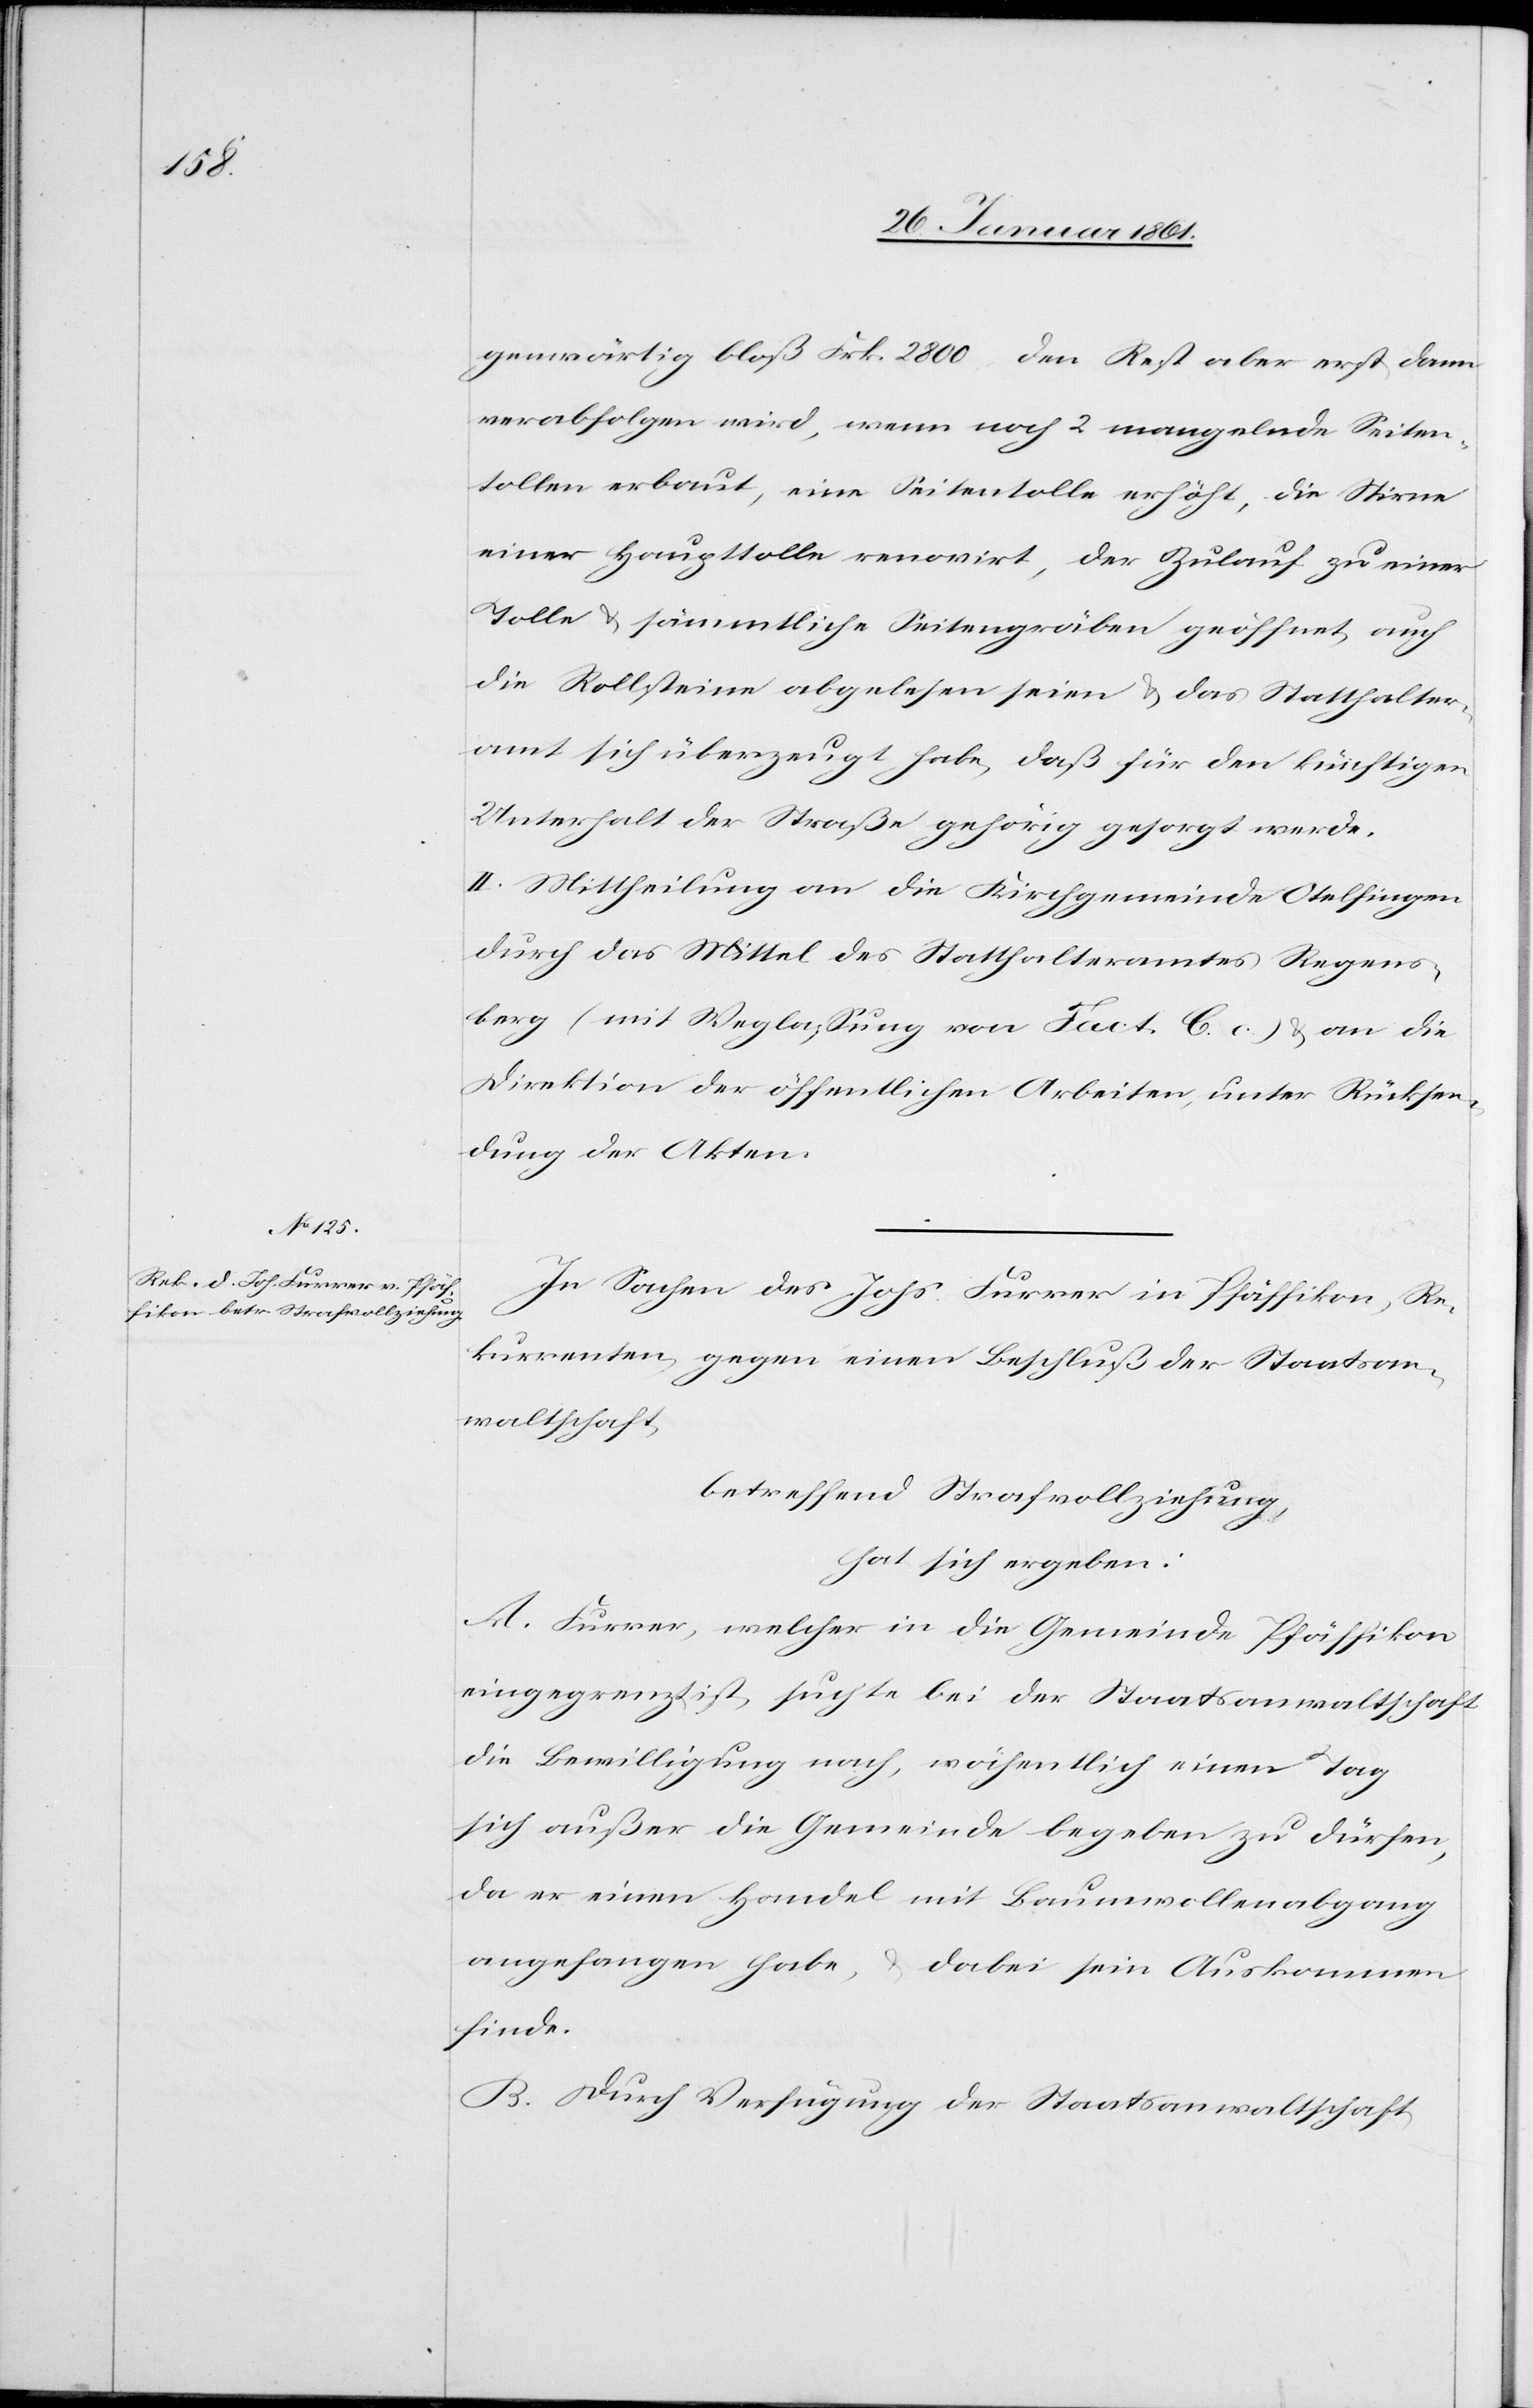
gewärtigen bloß Frk. 2800. Den Rest aber erst dann
verabfolgen wird, wenn noch 2 mangelnde Seiten¬
tollen erbaut, eine Seitentolle erhöht, die Stirne
einer Haupttolle renovirt, der Zulauf zu einer
Tolle u. sämmtliche Seitengräben geöffnet, auch
die Rollsteine abgelesen seien u. das Statthalter¬
amt sich überzeugt habe, daß für den künftigen
Unterhalt der Straße gehörig gesorgt werde.
II. Mittheilung an die Kirchgemeinde Otelfingen
durch das Mittel des Statthalteramtes Regens¬
berg (mit Weglassung von Fact. C c.) u. an die
Direktion der öffentlichen Arbeiten, unter Rücksen¬
dung der Akten.
In Sachen des Johs. Furrer in Pfäffikon, Re¬
kurrenten gegen einen Beschluß der Staatsan¬
waltschaft,
betreffend Strafvollziehung,
hat sich ergeben:
A. Furrer, welcher in die Gemeinde Pfäffikon
eingegrenzt ist, suchte bei der Staatsanwaltschaft
die Bewilligung nach, wöchentlich einen Tag
sich außer die Gemeinde begeben zu dürfen,
da er einen Handel mit Baumwollenabgang
angefangen habe, u. dabei sein Auskommen
finde.
B. Durch Verfügung der Staatsanwaltschaft